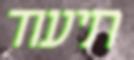
תיעוד